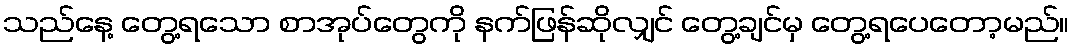
သည်နေ့ တွေ့ရသော စာအုပ်တွေကို နက်ဖြန်ဆိုလျှင် တွေ့ချင်မှ တွေ့ရပေတော့မည်။